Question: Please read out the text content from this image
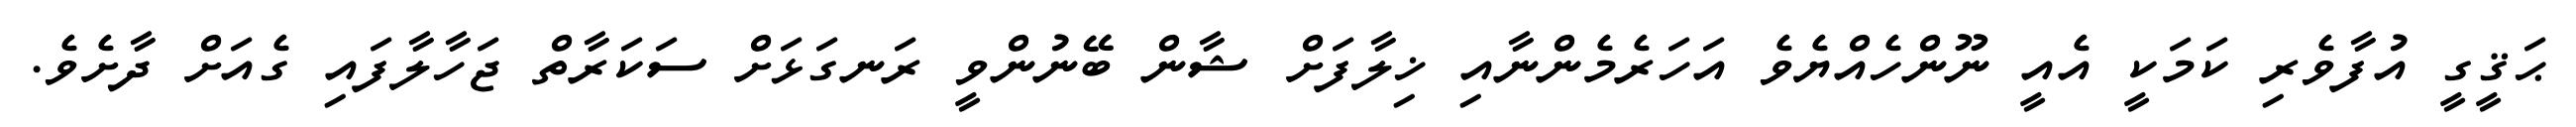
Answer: ޙަޤީގީ އުފާވެރި ކަމަކީ އެއީ ނޫންހެއްޔެވެ އަހަރެމެންނާއި ޚިލާފަށް ޝާން ބޭނުންވީ ރަނގަޅަށް ސަކަރާތް ޖަހާލާފައި ގެއަށް ދާށެވެ.